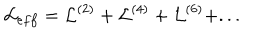
{ \cal L } _ { e f f } = { \cal L } ^ { ( 2 ) } + { \cal L } ^ { ( 4 ) } + { \cal L } ^ { ( 6 ) } + . . .